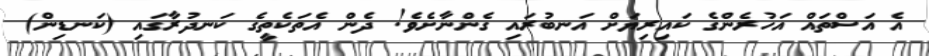
އެ އަސްތައް އަހުރެންގެ ކައިރިޔަށް އަނބުރައި ގެންނާށެވެ! ދެން އެތަކެތީގެ ކަނދުރާގައި (ކަނޑިން)